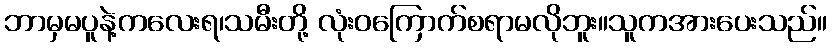
ဘာမှမပူနဲ့ကလေးရ၊သမီးတို့ လုံးဝကြောက်စရာမလိုဘူး။သူကအားပေးသည်။